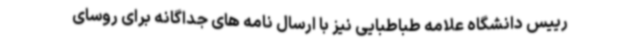
رییس دانشگاه علامه طباطبایی نیز با ارسال نامه های جداگانه برای روسای